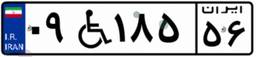
۰۹W۱۸۵۵۶